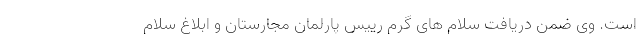
است. وی ضمن دریافت سلام های گرم رییس پارلمان مجارستان و ابلاغ سلام